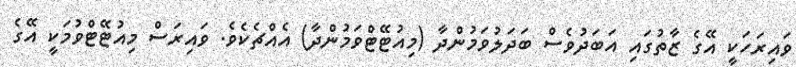
ވައިރަހަކީ އޭގެ ޒާތުގައި އަބަދުވެސް ބަދަލުވަމުންދާ (މިއުޓޭޓްވަމުންދާ) އެއްޗެކެވެ. ވައިރަސް މިއުޓޭޓްވުމަކީ އޭގެ